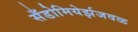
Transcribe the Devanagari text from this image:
सँडोमियेर्झजवळ